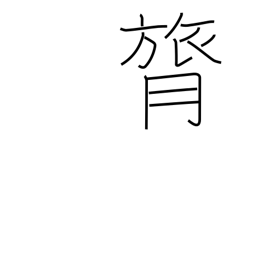
Meaning: backbone